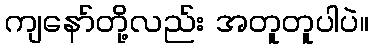
ကျနော်တို့လည်း အတူတူပါပဲ။